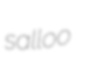
salloo